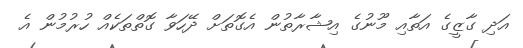
އަދި ގާޒީގެ އަތާއި މޫނުގެ އިޝާރާތުން އެގޮތަށް ދޭހަވާ ގޮތްތަކެއް ހުރުމުން އެ